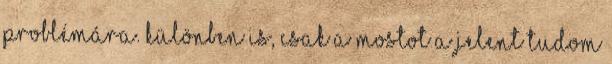
problémára. Különben is, csak a mostot a jelent tudom